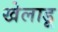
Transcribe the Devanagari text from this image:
खेलाडू